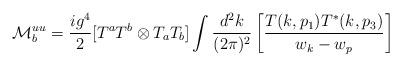
LaTeX: \begin{align*}{\cal M}^{uu}_{b}= \frac{ig^4}{2}[T^aT^b\otimes T_aT_b] \int \frac{d^2k}{(2\pi)^2} \left [ \frac{T(k,p_1) T^*(k,p_3)}{w_k-w_p}\right]\end{align*}